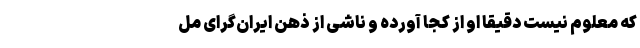
که معلوم نیست دقیقاً او از کجا آورده و ناشی از ذهن ایران‌گرایِ مل